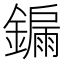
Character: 𮣀